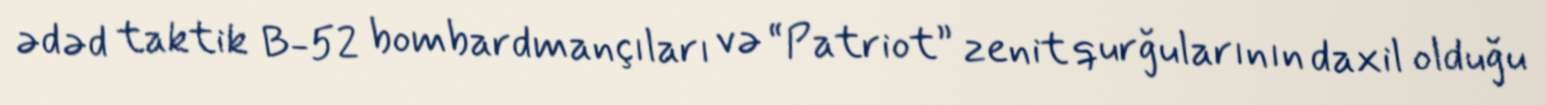
ədəd taktik B-52 bombardmançıları və “Patriot” zenit qurğularının daxil olduğu